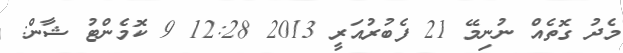
މެދު ގޮތެއް ނުނިމޭ 21 ފެބުރުއަރީ 2013 12:28 9 ކޮމެންޓު ޝާން: